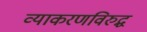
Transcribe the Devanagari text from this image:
व्याकरणविरुद्ध